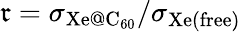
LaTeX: \mathfrak{r}={\sigma_{\mathrm{Xe@C_{60}}}}/{\sigma_{\mathrm{Xe(free)}}}